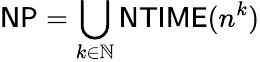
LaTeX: {\mathsf{NP}}=\bigcup_{k\in\mathbb{N}}{\mathsf{NTIME}}(n^{k})